Scottish Leaving Certificate Examination, 1956
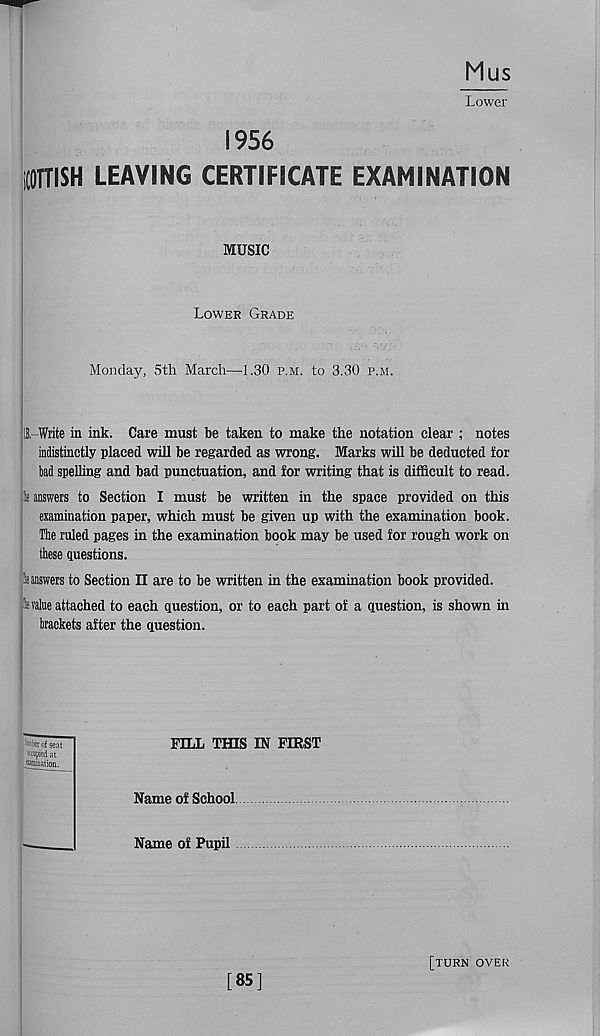
Mus
Lower
1956
iCOTTISH LEAVING CERTIFICATE EXAMINATION
MUSIC
Lower Grade
Monday, 5th March—1.30 p.m. to 3.30 p.m.
U,-Write in ink. Care must be taken to make the notation clear ; notes
indistinctly placed will be regarded as wrong. Marks will be deducted for
bad spelling and bad punctuation, and for writing that is difficult to read.
It answers to Section I must be written in the space provided on this
examination paper, which must be given up with the examination book.
The ruled pages in the examination book may be used for rough work on
these questions.
at answers to Section II are to be written in the examination book provided.
it value attached to each question, or to each part of a question, is shown in
brackets after the question.
pberof seat
I copied at
filiation.
FILL THIS IN FIRST
Name of School.
Name of Pupil
[85]
[turn over